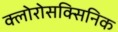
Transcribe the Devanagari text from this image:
क्लोरोसक्सिनिक